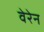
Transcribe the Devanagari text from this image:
वेरेन